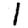
Digit: 1